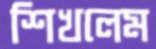
শিখলেম